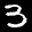
Label: 3